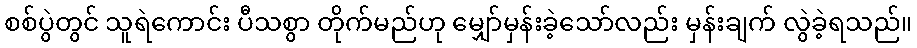
စစ်ပွဲတွင် သူရဲကောင်း ပီသစွာ တိုက်မည်ဟု မျှော်မှန်းခဲ့သော်လည်း မှန်းချက် လွဲခဲ့ရသည်။